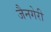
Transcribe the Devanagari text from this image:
जैनगेरी